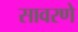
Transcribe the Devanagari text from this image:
सावरणे